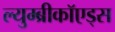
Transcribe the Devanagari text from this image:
ल्युम्ब्रीकॉएड्स